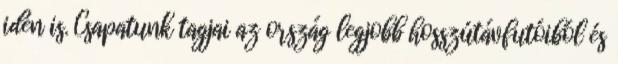
idén is. Csapatunk tagjai az ország legjobb hosszútávfutóiból és